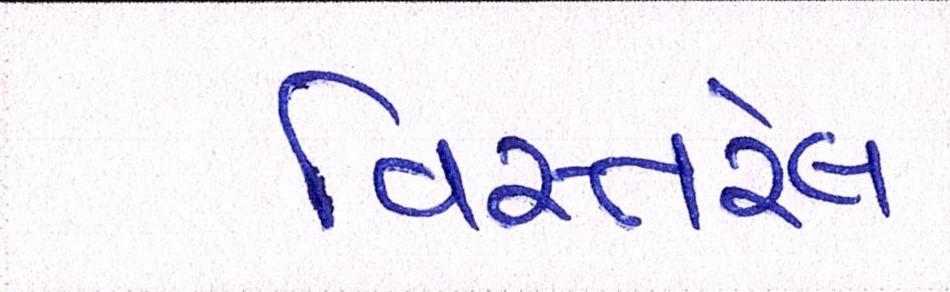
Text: વિસ્તરેલ